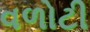
વળોટી